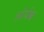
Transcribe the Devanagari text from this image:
ओर्यक्ष